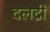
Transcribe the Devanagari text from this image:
दलद्री